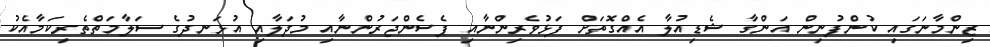
ޒިންމާނަގައި ކުންފުނިން އަންގާ ޝެޑިއުލާ އެއްގޮތަށް ފަޅުވެރިންނާއި ޕެސެންޖަރުންނާއި މުދަލާއި އުޅަނދުގެ ސަލާމަތްތެރިކަމާއެކު